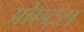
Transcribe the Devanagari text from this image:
ओएट्स